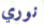
نوري